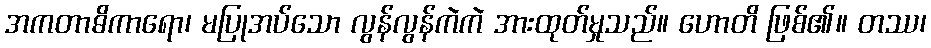
အကတာဓိကာရော၊ မပြုအပ်သော လွန်လွန်ကဲကဲ အားထုတ်မှုသည်။ ဟောတိ ဖြစ်၏။ တဿ၊